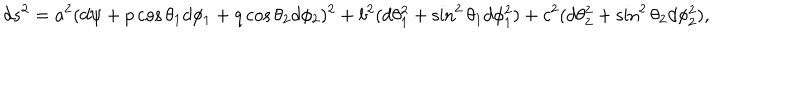
d s ^ { 2 } = a ^ { 2 } ( d \psi + p \cos \theta _ { 1 } d \phi _ { 1 } + q \cos \theta _ { 2 } d \phi _ { 2 } ) ^ { 2 } + b ^ { 2 } ( d \theta _ { 1 } ^ { 2 } + \sin ^ { 2 } \theta _ { 1 } d \phi _ { 1 } ^ { 2 } ) + c ^ { 2 } ( d \theta _ { 2 } ^ { 2 } + \sin ^ { 2 } \theta _ { 2 } d \phi _ { 2 } ^ { 2 } ) ,